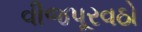
વીજપૂરવઠો